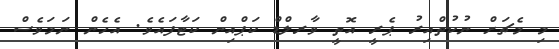
މި މެޗަށް ނުކުތްއިރު ޕެރީ އޮތީ ވާރލްޑް ކަޕްއިން ކަޓާފައެވެ. އެހެން ނަމަވެސް